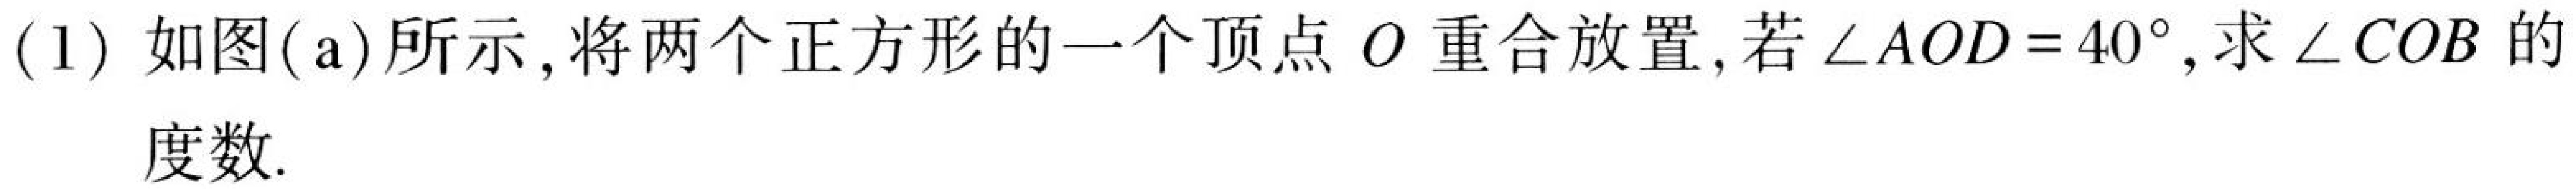
(1) 如图(\(a\))所示，将两个正方形的一个顶点\(O\)重合放置，若\(\angle AOD = 40^{\circ}\)，求\(\angle COB\)的度数.